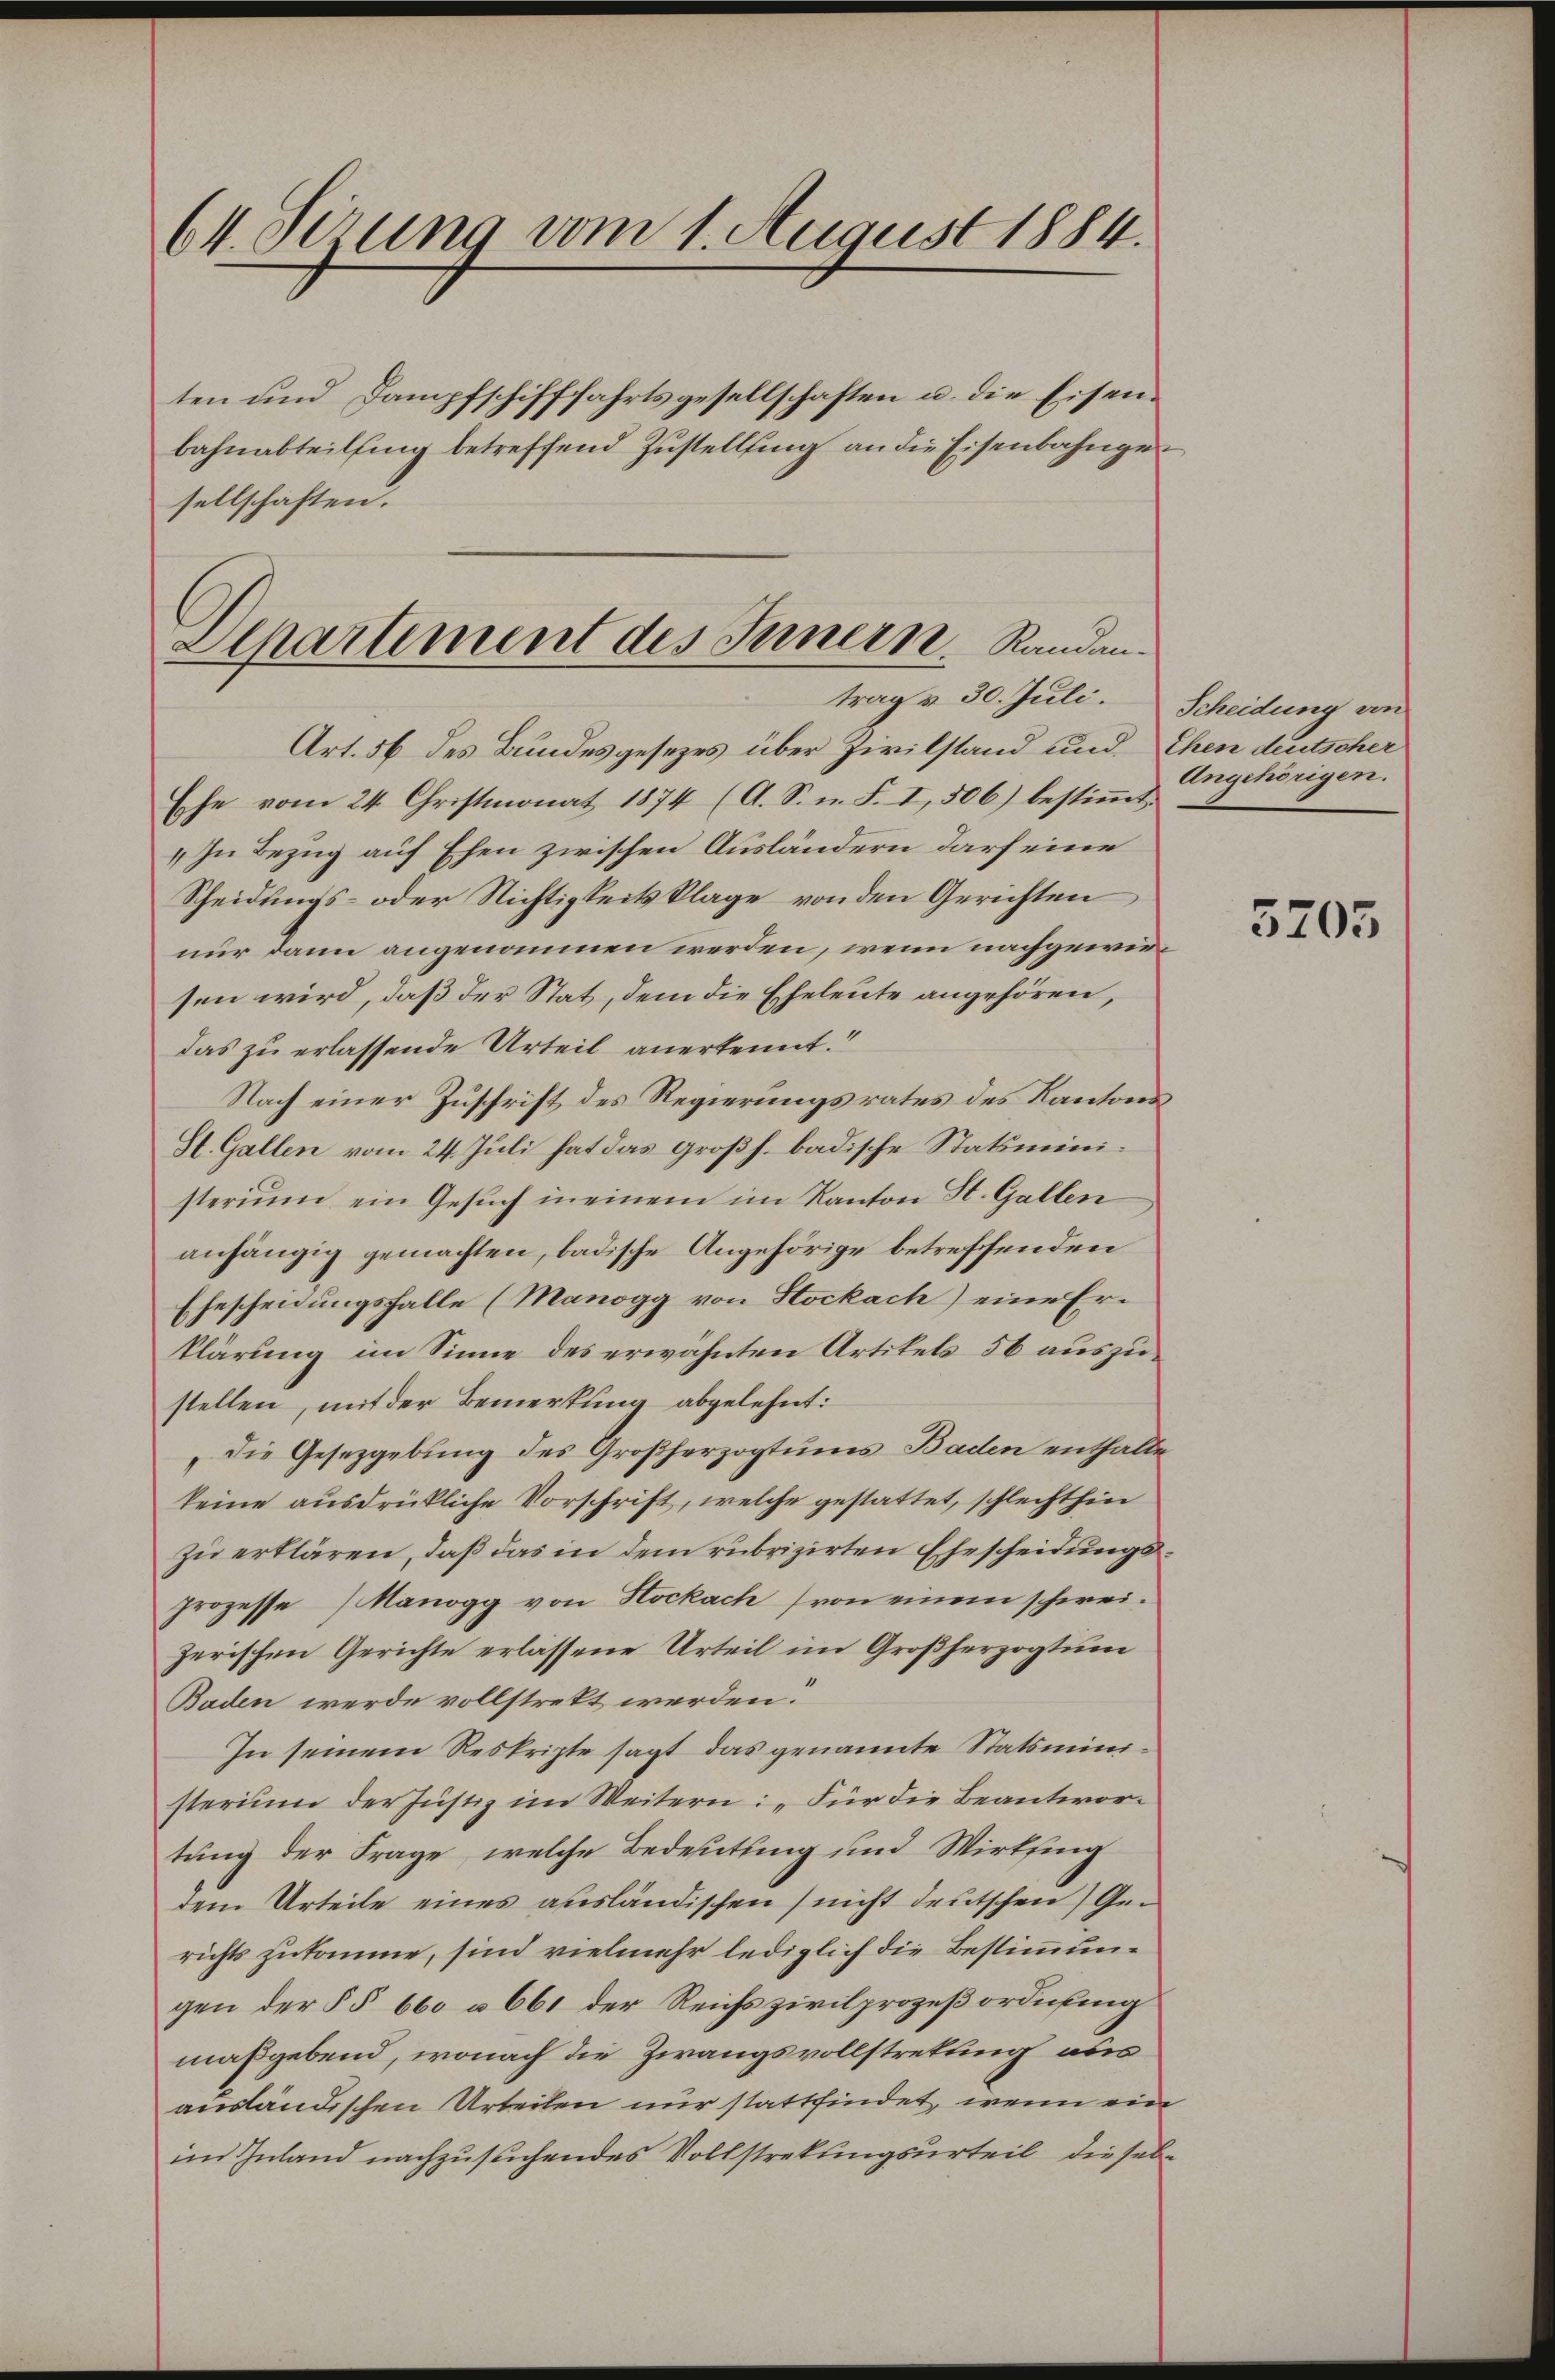
64.derung vom 1. August 1884.

ten und Dampfschifffahrtsgesellschaften u. die Eisen.
bahnabteilung betreffend Zustellung an die Eisenbahngesellschaften.

Separtement des Innern. Randantrag & 30. Juli.

Art. 56 des Bundesgesezes über Zivilstand und Ehen deutscher
Ehe vom 24. Christmonat 1874 (A. S. n. F. I, 506) bestimmt.
„In Bezug auf Ehen zwischen Ausländern darf eine
Scheidungs- oder Nichtigkeitsklage von den Gerichten
nur dann angenommen werden, wenn nachgewiesen wird, daß der Stat, dem die Eheleute angehören,
das zu erlassende Urteil anerkennt.“
Nach einer Zuschrift des Regierungsrates des Kantons
St. Gallen vom 24. Juli hat das Großh. badische Statsministerium ein Gesuch in einem im Kanton St. Gallen
anhängig gemachten, badische Angehörige betreffenden
Ehescheidungsfalle (Manogg von Stockach) eine Erklärung im Sinne des erwähnten Artikels 56 auszustellen, mit der Bemerkung abgelehnt:
die Gesetzgebung des Großherzogtums Baden enthalten
keine ausdrückliche Vorschrift, welche gestattet, schlechthin
zu erklären, daß das in dem rubrizirten Ehescheidungsprozesse (Manogg von Hockach) von einem schwei-
zerischen Gerichte erlassene Urteil im Großherzogtum
Baden werde vollstrekt werden.
In seinem Reskripte sagt das genannte Statsministerium der Justiz im Weitern: „Für die Beantwortung der Frage, welche Bedeutling und Wirkfing
dem Urteile eines ausländischen) nicht deutschen Gerichts zukomme, sind vielmehr lediglich die Bestimmungen der §§ 660 à 661 der Reichszivilprozeßordnung
maßgebend, wonach die Zwangsvollstretung abs
ausländischen Urteilen nur stattfindet, wenn ein
im Inland nachzusuchendes Vollstrekungsurteil diesel¬

Scheidung von
Angehörigen.

5705